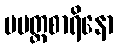
ပမတ္တစာရိနော